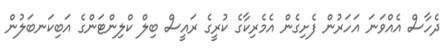
ދެހާސް އެއްވަނަ އަހަރުން ފެށިގެން އެމެރިކާގެ ކުރީގެ ރައީސް ބިލް ކްލިންޓަންގެ އަބިކަނބަލުން